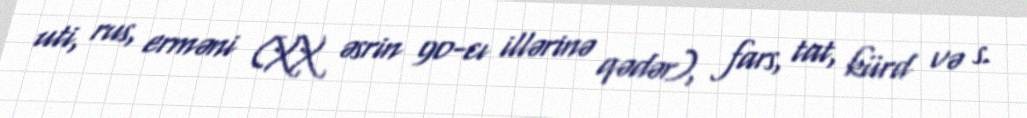
uti, rus, erməni (XX əsrin 90-cı illərinə qədər), fars, tat, kürd və s.